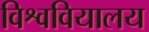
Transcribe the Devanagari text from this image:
विश्ववियालय